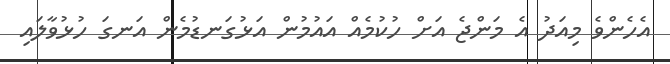
އެހެންވެ މިއަދު އެ މަންޖެ އަށް ހުކުމެއް އައުމުން އަޅުގަނޑުމެން އަނގަ ހުޅުވާލައި